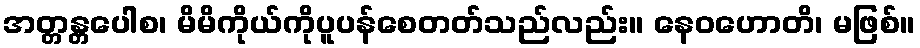
အတ္တန္တပေါစ၊ မိမိကိုယ်ကိုပူပန်စေတတ်သည်လည်း။ နေဝဟောတိ၊ မဖြစ်။